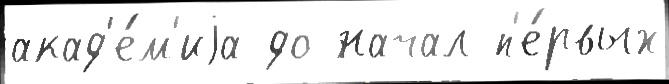
акад'е́м'иjа до начал п'е́рвых